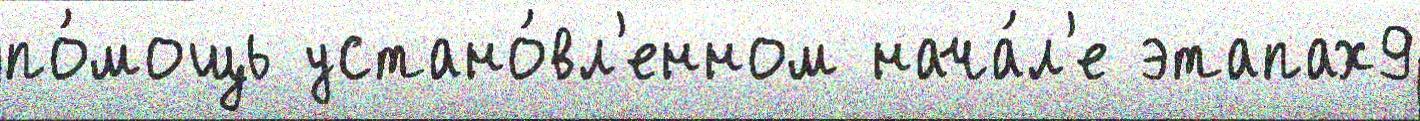
по́мощь устано́вл'енном нача́л'е этапах9